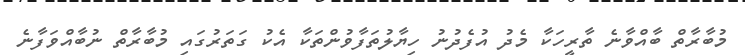
މުބާރާތް ބާއްވާނެ ތާރީހަކާ މެދު އުފެދުނު ހިޔާލުތަފާވުންތަކާ އެކު ގަތަރުގައި މުބާރާތް ނުބާއްވަފާނެ